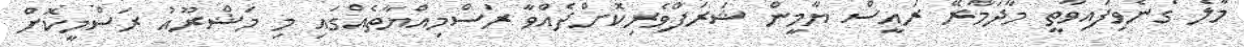
މާލެ ގެނެވިފައިވާތީ މާދަމާރޭ ރައީސް ޔާމީން ޝަރަފްވެރިކޮށްދެއްވާ ރަސްމިއްޔާތެއްގައި މި މަޝްރޫއު ރަސްމީކޮށް